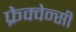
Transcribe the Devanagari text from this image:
फ्रेक्वेन्सी